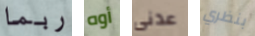
ربما أوه عدنى بنظري